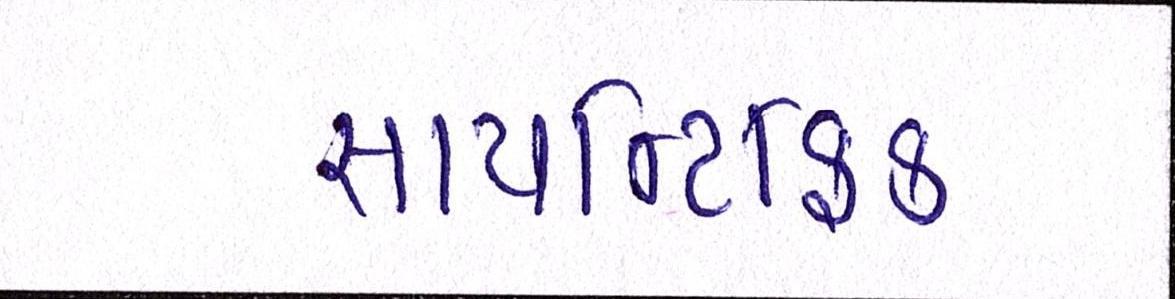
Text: સાયન્ટિફિક